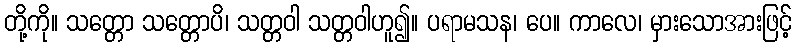
တို့ကို။ သတ္တော သတ္တောပိ၊ သတ္တဝါ သတ္တဝါဟူ၍။ ပရာမသန၊ ပေ။ ကာလေ၊ မှားသောအားဖြင့်